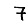
Digit: 7